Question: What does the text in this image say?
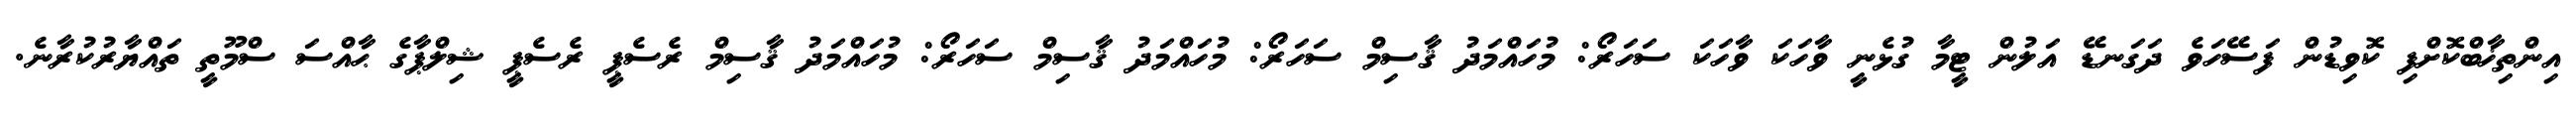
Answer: އިންތިޚާބްކޮށްފި ކޮވިޑުން ފަސޭހަވެ ދަގަނޑޭ އަލުން ޓީމާ ގުޅެނީ ވާހަކަ ވާހަކަ ސަހަރޯ: މުހައްމަދު ޤާސިމް ސަހަރޯ: މުހައްމަދު ޤާސިމް ސަހަރޯ: މުހައްމަދު ޤާސިމް ރެސެޕީ ރެސެޕީ ޝިލްޕާގެ ޙާއްސަ ސްމޫތީ ތައްޔާރުކުރާނެ.